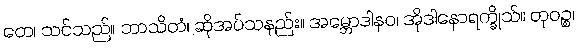
တေ၊ သင်သည်။ ဘာသိတံ၊ ဆိုအပ်သနည်း။ အမ္ဘောဒါနဝ၊ အိုဒါနောရက္ခိုသ်။ တုဝဉ္စ၊